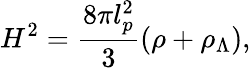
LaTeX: H^{2}=\frac{8\pi l_{p}^{2}}{3}\left(\rho+\rho_{\Lambda}\right),